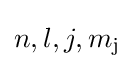
n,l,j,m_{\text{j}}